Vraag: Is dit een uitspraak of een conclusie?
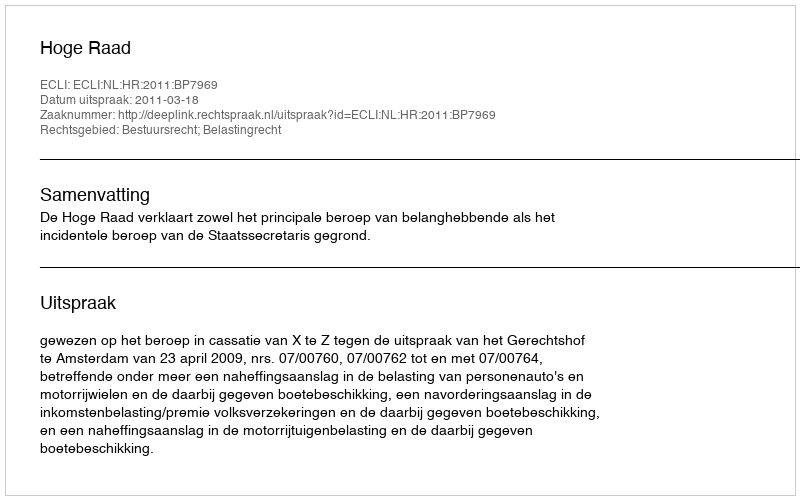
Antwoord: Uitspraak